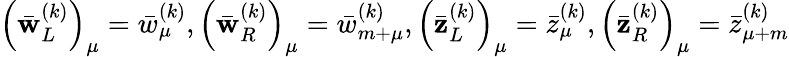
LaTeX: \left(\bar{\mathbf{w}}_{L}^{(k)}\right)_{\mu}=\bar{w}_{\mu}^{(k)},\left(\bar{\mathbf{w}}_{R}^{(k)}\right)_{\mu}=\bar{w}_{m+\mu}^{(k)},\left(\bar{\mathbf{z}}_{L}^{(k)}\right)_{\mu}=\bar{z}_{\mu}^{(k)},\left(\bar{\mathbf{z}}_{R}^{(k)}\right)_{\mu}=\bar{z}_{\mu+m}^{(k)}